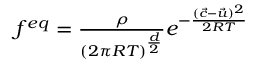
\begin{array} { r } { f ^ { e q } = \frac { \rho } { ( 2 \pi R T ) ^ { \frac { d } { 2 } } } e ^ { - \frac { ( \Vec { c } - \Vec { u } ) ^ { 2 } } { 2 R T } } } \end{array}